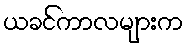
ယခင်ကာလများက